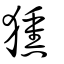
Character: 獯